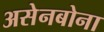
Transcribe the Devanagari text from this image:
असेनबोना